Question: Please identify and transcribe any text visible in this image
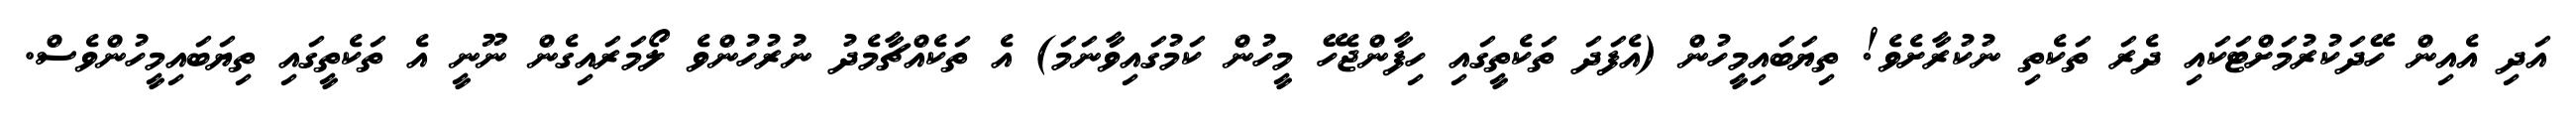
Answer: އަދި އެއިން ހޭދަކުރުމަށްޓަކައި ދެރަ ތަކެތި ނުކުރާށެވެ! ތިޔަބައިމީހުން (އެފަދަ ތަކެތީގައި ހިފާންޖެހޭ މީހުން ކަމުގައިވާނަމަ) އެ ތަކެއްޗާމެދު ނުރުހުންވެ ލޯމަރައިގެން ނޫނީ އެ ތަކެތީގައި ތިޔަބައިމީހުންވެސް.